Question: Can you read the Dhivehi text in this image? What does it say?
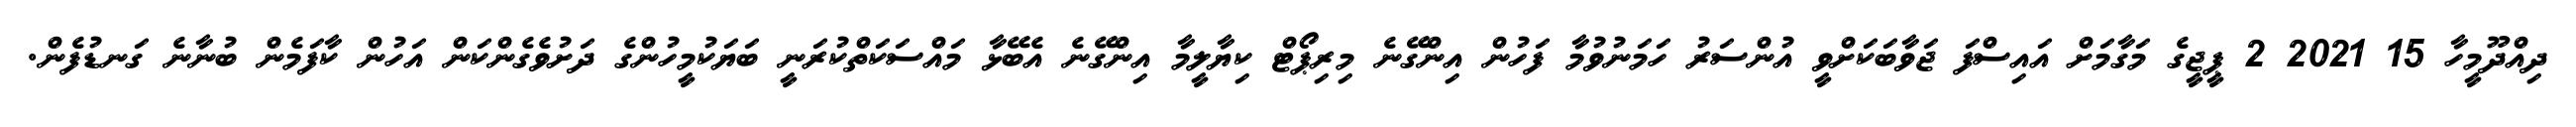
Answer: ދިއްދޫމީހާ 15 2021 2 ޕީޖީގެ މަގާމަށް އައިސްފަ ޖަވާބަކަށްވީ އުންސަރު ހަމަނުވުމާ ފަހުން އިންގޭނެ މިރިޕޯޓް ކިޔާލީމާ އިންގޭނެ އެބޭޅާ މައްސަކަތްކުރަނީ ބަޔަކުމީހުންގެ ދަށުވެގެންކަން އަހުން ކާފަމެން ބުނާނެ ގަނޑުފެން.